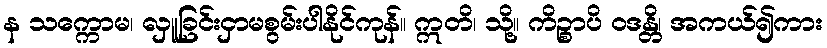
န သက္ကောမ၊ လှူခြင်းငှာမစွမ်းပါနိုင်ကုန်။ ဣတိ၊ သို့။ ကိဉ္စာပိ ဝဒန္တိ၊ အကယ်၍ကား